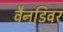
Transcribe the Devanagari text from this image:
वैनडिवर